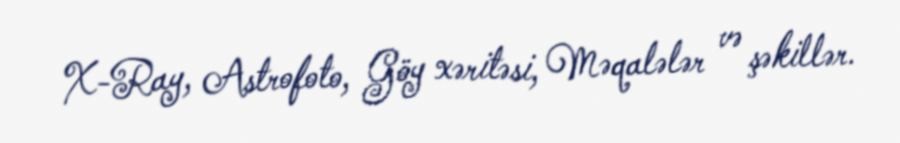
X-Ray, Astrofoto, Göy xəritəsi, Məqalələr və şəkillər.